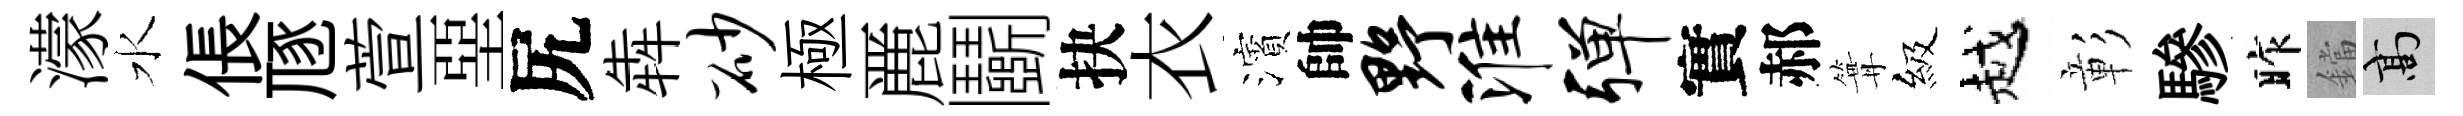
濛水倀豗萱堊尻犇砂極䴡鬬抉衣濱帥野淮弹實郝篝級越彰驂昨鐺高